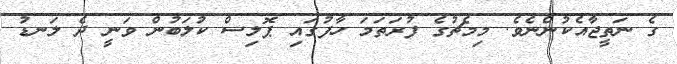
ގެ ނަތީޖާއެކުންނެވެ. މިމެޗުގެ ފުރަތަމަ ހާފުގައި ޕޮލިސް ކުލަބުން ވަނީ ދެ ލަނޑު